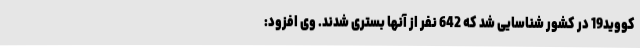
کووید19 در کشور شناسایی شد که 642 نفر از آنها بستری شدند. وی افزود: